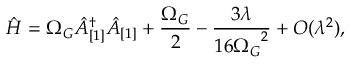
\hat { H } = \Omega _ { G } \hat { A } _ { [ 1 ] } ^ { \dagger } \hat { A } _ { [ 1 ] } + \frac { \Omega _ { G } } { 2 } - \frac { 3 \lambda } { 1 6 { \Omega _ { G } } ^ { 2 } } + { \cal O } ( \lambda ^ { 2 } ) ,